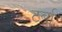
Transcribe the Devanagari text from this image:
टर्बा